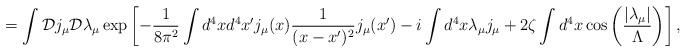
LaTeX: \begin{align*}=\int {\cal D}j_\mu {\cal D}\lambda_\mu\exp\left[-\frac{1}{8\pi^2}\int d^4x d^4x' j_\mu(x)\frac{1}{(x-x')^2}j_\mu(x')-i\int d^4x \lambda_\mu j_\mu+2\zeta\int d^4x\cos\left(\frac{\left|\lambda_\mu\right|}{\Lambda}\right)\right],\end{align*}